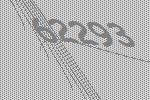
62293